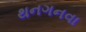
થનગનવા